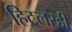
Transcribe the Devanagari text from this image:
हिटलरही